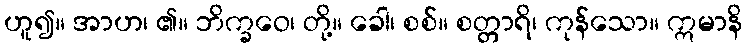
ဟူ၍။ အာဟ၊ ၏။ ဘိက္ခဝေ၊ တို့။ ခေါ၊ စစ်။ စတ္တာရိ၊ ကုန်သော။ ဣမာနိ